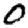
Digit: 0